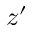
z ^ { \prime }